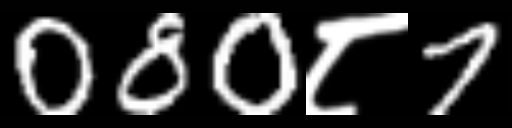
Text: 080८7